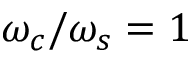
\omega _ { c } / \omega _ { s } = 1